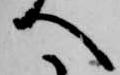
へ